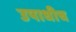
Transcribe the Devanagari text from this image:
उपाधीच